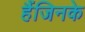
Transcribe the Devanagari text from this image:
हैंजिनके